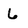
Character: 6